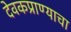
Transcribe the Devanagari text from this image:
देवकप्राण्याचा